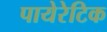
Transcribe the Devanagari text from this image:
पायेरेटिक